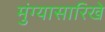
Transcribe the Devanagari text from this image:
मुंग्यासारिखे